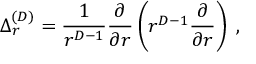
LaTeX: \Delta _ { r } ^ { ( { D } ) } = \frac { 1 } { r ^ { { D } - 1 } } \frac { \partial } { \partial r } \left( r ^ { { D } - 1 } \frac { \partial } { \partial r } \right) \; ,